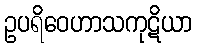
ဥပရိဝေဟာသကုဋိယာ